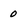
Character: 0